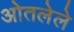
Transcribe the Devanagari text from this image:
ओतलेले